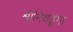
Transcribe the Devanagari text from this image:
श्रीनिवडूंगा